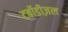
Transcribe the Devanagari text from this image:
टर्बोडीज़ल